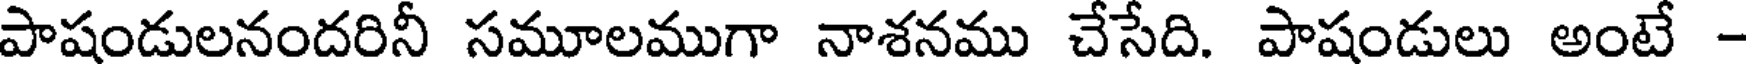
పాషండులనందరినీ సమూలముగా నాశనము చేసేది. పాషండులు అంటే -